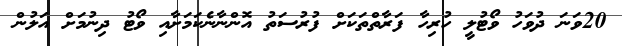
20ވަނަ ދުވަހު ވޯޓުލީ ހުރިހާ ފަރާތްތަކަށް ފުރުސަތު އޮންނާނެކަމަށާއި ވޯޓު ދިނުމަށް އަލުން